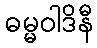
ဓမ္မဝါဒိနီ